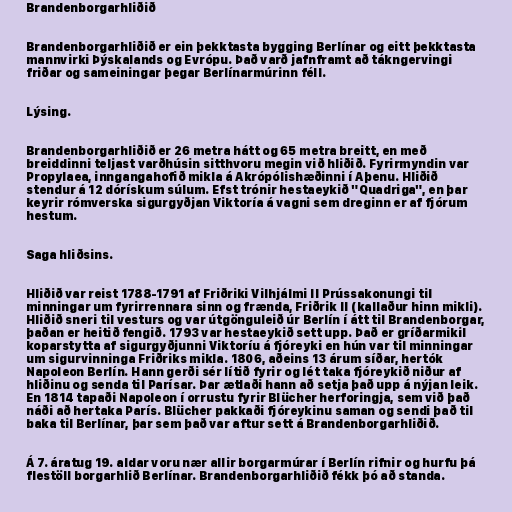
Brandenborgarhliðið

Brandenborgarhliðið er ein þekktasta bygging Berlínar og eitt þekktasta
mannvirki Þýskalands og Evrópu. Það varð jafnframt að tákngervingi
friðar og sameiningar þegar Berlínarmúrinn féll.

Lýsing.

Brandenborgarhliðið er 26 metra hátt og 65 metra breitt, en með
breiddinni teljast varðhúsin sitthvoru megin við hliðið. Fyrirmyndin var
Propylaea, inngangahofið mikla á Akrópólishæðinni í Aþenu. Hliðið
stendur á 12 dórískum súlum. Efst trónir hestaeykið "Quadriga", en þar
keyrir rómverska sigurgyðjan Viktoría á vagni sem dreginn er af fjórum
hestum.

Saga hliðsins.

Hliðið var reist 1788-1791 af Friðriki Vilhjálmi II Prússakonungi til
minningar um fyrirrennara sinn og frænda, Friðrik II (kallaður hinn mikli).
Hliðið sneri til vesturs og var útgönguleið úr Berlín í átt til Brandenborgar,
þaðan er heitið fengið. 1793 var hestaeykið sett upp. Það er gríðarmikil
koparstytta af sigurgyðjunni Viktoríu á fjóreyki en hún var til minningar
um sigurvinninga Friðriks mikla. 1806, aðeins 13 árum síðar, hertók
Napoleon Berlín. Hann gerði sér lítið fyrir og lét taka fjóreykið niður af
hliðinu og senda til Parísar. Þar ætlaði hann að setja það upp á nýjan leik.
En 1814 tapaði Napoleon í orrustu fyrir Blücher herforingja, sem við það
náði að hertaka París. Blücher pakkaði fjóreykinu saman og sendi það til
baka til Berlínar, þar sem það var aftur sett á Brandenborgarhliðið.

Á 7. áratug 19. aldar voru nær allir borgarmúrar í Berlín rifnir og hurfu þá
flestöll borgarhlið Berlínar. Brandenborgarhliðið fékk þó að standa.